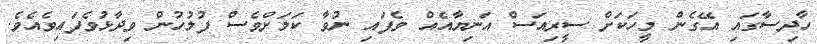
ހާދިސާގައި އޭގެން މީހަކަށް ސީރިއަސް އަނިޔާއެއް ވެފައި ނުވާ ކަމަށްވެސް ފުލުހުން ވިދާޅުވެފައިވެއެވެ.